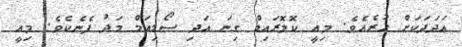
ޢަދަދަކަށް ހުރެއެވެ. މިއީ ކޮލޮރައިޑް ގިނަ އަދި ސޯޑިއަމް މަދު ފެނެކެވެ. މިއީ